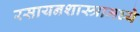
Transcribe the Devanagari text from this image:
रसायनशास्त्रामध्ये